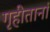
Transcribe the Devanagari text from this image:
गृहीतानां